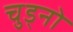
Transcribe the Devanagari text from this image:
चुड्नो